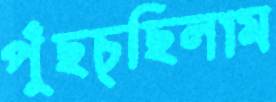
পুঁছচ্ছিলাম